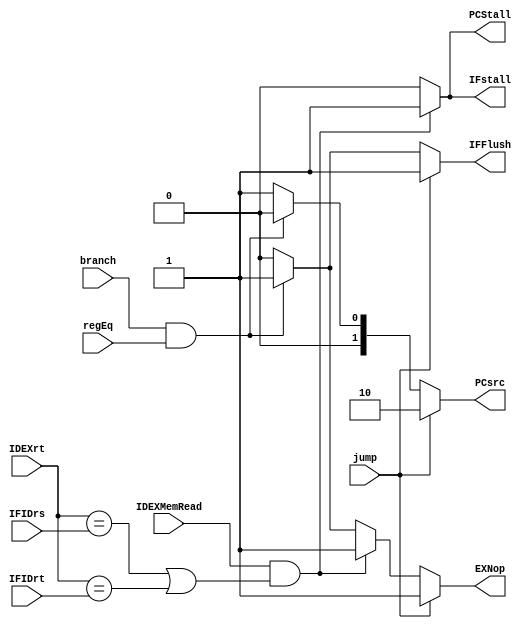
module HDU (input IDEXMemRead, input [4:0] IDEXrt, IFIDrs, IFIDrt, input branch, jump, regEq,
    output reg IFstall, PCStall, IFFlush, EXNop, output reg [1:0] PCsrc);
    always @(IDEXMemRead, IDEXrt, IFIDrs, IFIDrt, branch, regEq, jump) begin
        {IFstall, PCStall, IFFlush, EXNop, PCsrc} = 6'b000001;
        if (branch && regEq)
            {IFFlush, EXNop, PCsrc} = 4'b1100;
        if (IDEXMemRead && ((IDEXrt == IFIDrs) || (IDEXrt == IFIDrt)))
            {IFstall, PCStall, EXNop} = 3'b111;
        if (jump)
            {IFFlush, EXNop, PCsrc} = 4'b1110;
    end
endmodule